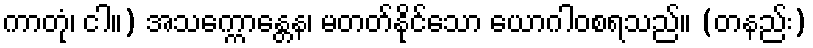
ကာတုံ၊ ငါ။) အသက္ကောန္တေန၊ မတတ်နိုင်သော ယောဂါဝစရသည်။ (တနည်း)